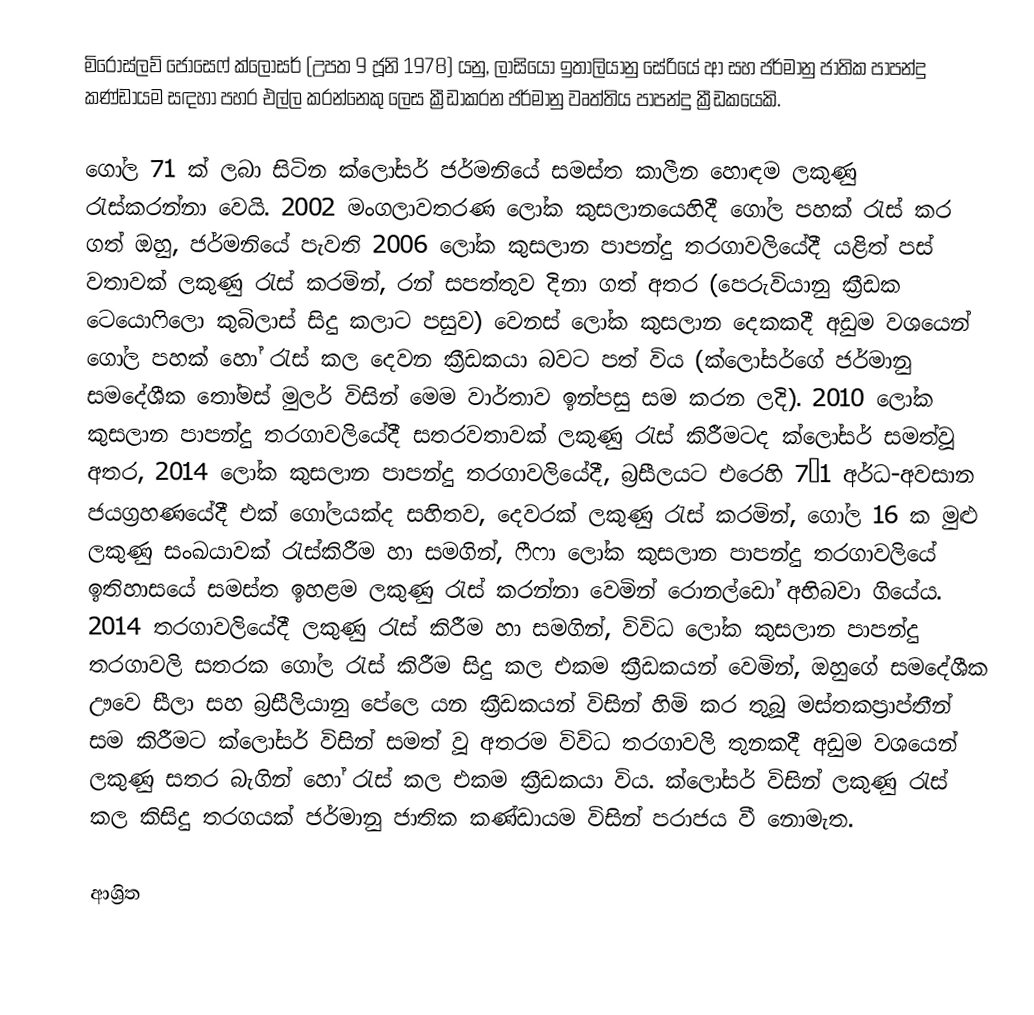
මිරොස්ලව් ජෝසෙෆ් ක්ලෝසර් (උපත 9 ජූනි 1978) යනු,   ලාසියෝ ඉතාලියානු සේරියේ ආ සහ ජර්මානු ජාතික පාපන්දු කණ්ඩායම සඳහා පහර එල්ල කරන්නෙකු ලෙස ක්‍රීඩාකරන ජර්මානු වෘත්තිය  පාපන්දු ක්‍රීඩකයෙකි.

ගෝල 71 ක් ලබා සිටින  ක්ලෝසර් ජර්මනියේ සමස්ත කාලීන හොඳම ලකුණු රැස්කරන්නා වෙයි. 2002 මංගලාවතරණ ලෝක කුසලානයෙහිදී ගෝල පහක් රැස් කර ගත් ඔහු,  ජර්මනියේ පැවති 2006 ලෝක කුසලාන පාපන්දු තරගාවලියේදී යළිත් පස් වතාවක් ලකුණු රැස් කරමින්, රන් සපත්තුව දිනා ගත් අතර (පෙරුවියානු ක්‍රීඩක ටෙයොෆිලො කුබිලාස් සිදු කලාට පසුව) වෙනස් ලෝක කුසලාන දෙකකදී  අඩුම වශයෙන් ගෝල පහක් හෝ රැස් කල දෙවන ක්‍රීඩකයා බවට පත් විය (ක්ලෝසර්ගේ ජර්මානු සමදේශීක තෝමස් මුලර් විසින් මෙම වාර්තාව ඉන්පසු සම කරන ලදි). 2010 ලෝක කුසලාන පාපන්දු තරගාවලියේදී සතරවතාවක් ලකුණු රැස් කිරීමටද ක්ලෝසර් සමත්වූ අතර, 2014 ලෝක කුසලාන පාපන්දු තරගාවලියේදී, බ්‍රසීලයට එරෙහි 7–1 අර්ධ-අවසාන ජයග්‍රහණයේදී එක් ගෝලයක්ද සහිතව, දෙවරක් ලකුණු රැස් කරමින්,   ගෝල  16 ක මුළු ලකුණු සංඛයාවක් රැස්කිරීම හා සමගින්,    ෆීෆා ලෝක කුසලාන පාපන්දු තරගාවලියේ ඉතිහාසයේ සමස්ත ඉහළම ලකුණු රැස් කරන්නා වෙමින් රොනල්ඩෝ අභිබවා ගියේය.  2014 තරගාවලියේදී ලකුණු රැස් කිරීම හා සමගින්, විවිධ ලෝක කුසලාන පාපන්දු තරගාවලි සතරක ගෝල රැස් කිරීම සිදු කල එකම ක්‍රීඩකයන් වෙමින්, ඔහුගේ සමදේශීක  ඌවෙ සීලා සහ  බ්‍රසීලියානු පේලෙ යන ක්‍රීඩකයන් විසින් හිමි කර තුබූ මස්තකප්‍රාප්තීන් සම කිරීමට ක්ලෝසර් විසින්  සමත් වූ අතරම විවිධ තරගාවලි තුනකදී අඩුම වශයෙන් ලකුණු සතර බැගින් හෝ රැස් කල එකම ක්‍රීඩකයා විය.  ක්ලෝසර් විසින් ලකුණු රැස් කල කිසිදු තරගයක් ජර්මානු ජාතික කණ්ඩායම විසින් පරාජය වී නොමැත.

ආශ්‍රිත